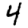
Digit: 4